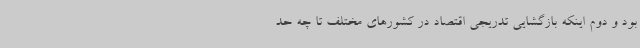
بود و دوم اینکه بازگشایی تدریجی اقتصاد در کشورهای مختلف تا چه حد